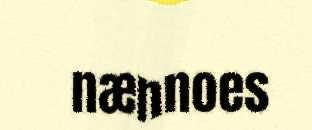
nænnoes